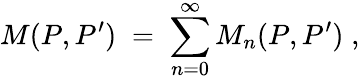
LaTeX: M(P,P^{\prime})\; =\; \sum_{n=0}^{\infty}M_{n}(P,P^{\prime})\; ,